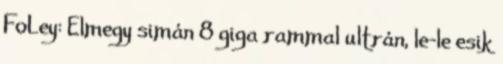
FoLey: Elmegy simán 8 giga rammal ultrán, le-le esik